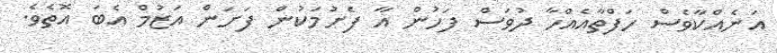
އަނެއްކާވެސް ހަފްތާއެއްހާ ދުވަސް ފަހުން އާ ފެށުމަކުން ފަށަން އަޒުމް އެބަ އޮތެވެ.